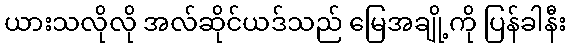
ယားသလိုလို အလ်ဆိုင်ယဒ်သည် မြေအချို့ကို ပြန်ခါနီး